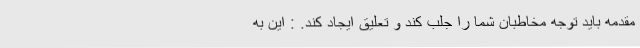
مقدمه باید توجه مخاطبان شما را جلب کند و تعلیق ایجاد کند. : این به